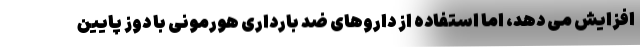
افزایش می دهد، اما استفاده از داروهای ضد بارداری هورمونی با دوز پایین